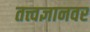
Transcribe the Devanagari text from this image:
तत्त्वज्ञानवर